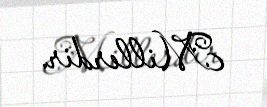
Millerdir.